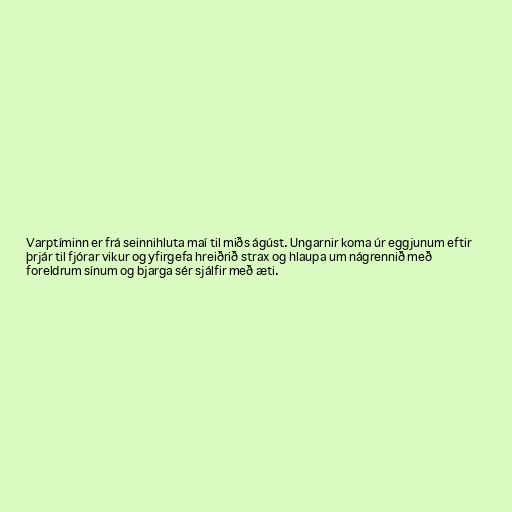
Varptíminn er frá seinnihluta maí til miðs ágúst. Ungarnir koma úr eggjunum eftir
þrjár til fjórar vikur og yfirgefa hreiðrið strax og hlaupa um nágrennið með
foreldrum sínum og bjarga sér sjálfir með æti.